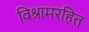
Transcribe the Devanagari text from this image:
विश्रामरहित